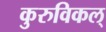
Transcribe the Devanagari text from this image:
कुरुविकल्